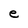
Character: e